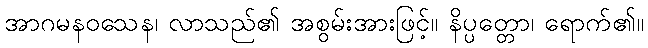
အာဂမနဝသေန၊ လာသည်၏ အစွမ်းအားဖြင့်။ နိပ္ပတ္တော၊ ရောက်၏။